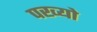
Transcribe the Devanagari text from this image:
पख्‍यो